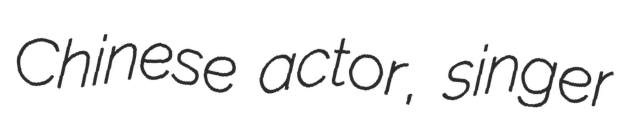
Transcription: Chinese actor, singer